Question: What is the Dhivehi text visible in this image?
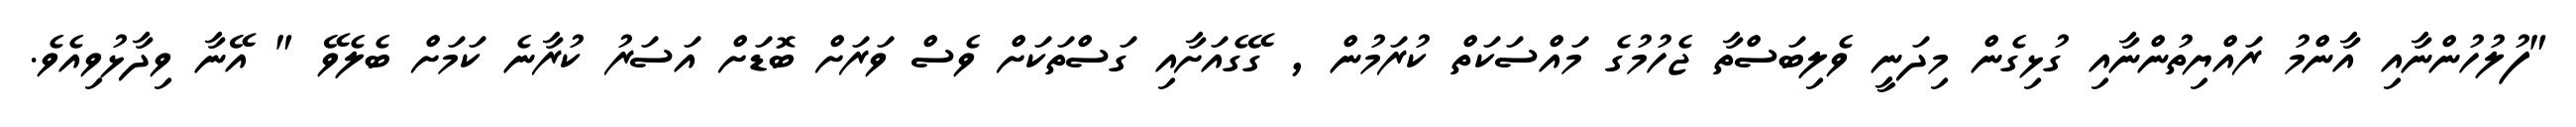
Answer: "ފުލުހުންނާއި އާންމު ރައްޔިތުންނާއި ގުޅިގެން މިދަނީ ވެލިބަސްތާ ޖެހުމުގެ މައްސަކަތް ކުރަމުން , ގޭގެއަށާއި ގަސްތަކަށް ވެސް ވަރަށް ބޮޑަށް އަސަރު ކުރާނެ ކަމަށް ބެލެވޭ " އޭނާ ވިދާޅުވިއެވެ.